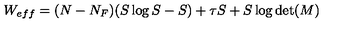
W _ { e f f } = ( N - N _ { F } ) ( S \log S - S ) + \tau S + S \log \det ( M )